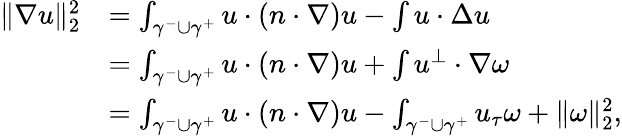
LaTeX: \begin{array}{rl}{\| \nabla u\| _{2}^{2}}&{=\int_{\gamma^{-}\cup\gamma^{+}}u\cdot(n\cdot\nabla)u-\int u\cdot\Delta u}\\ &{=\int_{\gamma^{-}\cup\gamma^{+}}u\cdot(n\cdot\nabla)u+\int u^{\perp}\cdot\nabla\omega}\\ &{=\int_{\gamma^{-}\cup\gamma^{+}}u\cdot(n\cdot\nabla)u-\int_{\gamma^{-}\cup\gamma^{+}}u_{\tau}\omega+\| \omega\| _{2}^{2},}\end{array}